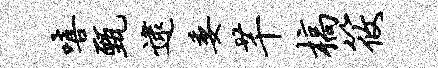
嘻甄逮委芊槁筱